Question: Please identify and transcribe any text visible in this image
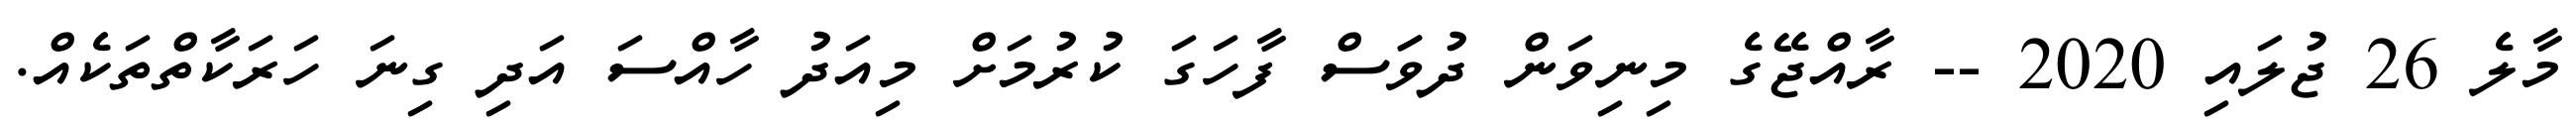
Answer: މާލެ 26 ޖުލައި 2020 -- ރާއްޖޭގެ މިނިވަން ދުވަަސް ފާހަގަ ކުރުމަށް މިއަދު ހާއްސަ އަދި ގިނަ ހަރަކާތްތަކެއް.